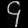
Digit: ၄